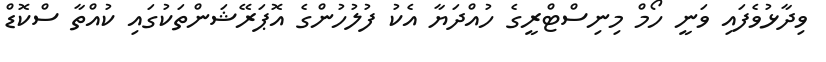
ވިދާޅުވެފައި ވަނީ ހޯމް މިނިސްޓްރީގެ ހުއްދަޔާ އެކު ފުލުހުންގެ އޮޕަރޭޝަންތަކުގައި ކުއްތާ ސްކޮޑް